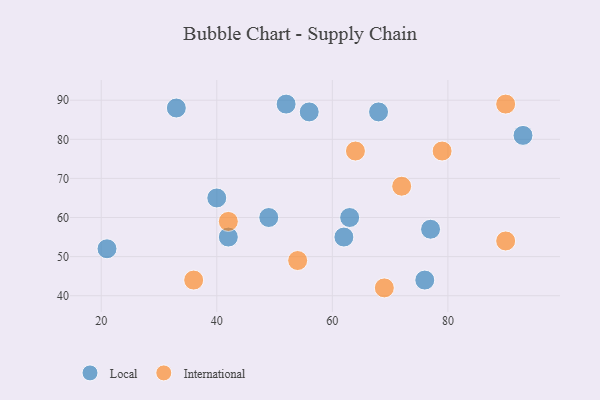
{"axis": {"x": "GDP", "y": "Life Expectancy"}, "legend": ["International", "Local"], "data": [{"x": "52", "y": 89, "type": "Local"}, {"x": "42", "y": 55, "type": "Local"}, {"x": "62", "y": 55, "type": "Local"}, {"x": "63", "y": 60, "type": "Local"}, {"x": "40", "y": 65, "type": "Local"}, {"x": "93", "y": 81, "type": "Local"}, {"x": "33", "y": 88, "type": "Local"}, {"x": "49", "y": 60, "type": "Local"}, {"x": "77", "y": 57, "type": "Local"}, {"x": "76", "y": 44, "type": "Local"}, {"x": "21", "y": 52, "type": "Local"}, {"x": "56", "y": 87, "type": "Local"}, {"x": "68", "y": 87, "type": "Local"}, {"x": "69", "y": 42, "type": "International"}, {"x": "36", "y": 44, "type": "International"}, {"x": "54", "y": 49, "type": "International"}, {"x": "79", "y": 77, "type": "International"}, {"x": "42", "y": 59, "type": "International"}, {"x": "90", "y": 54, "type": "International"}, {"x": "64", "y": 77, "type": "International"}, {"x": "90", "y": 89, "type": "International"}, {"x": "72", "y": 68, "type": "International"}]}